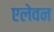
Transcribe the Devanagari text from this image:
एलेवन